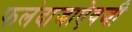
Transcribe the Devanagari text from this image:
फलंदाजाऐवजी